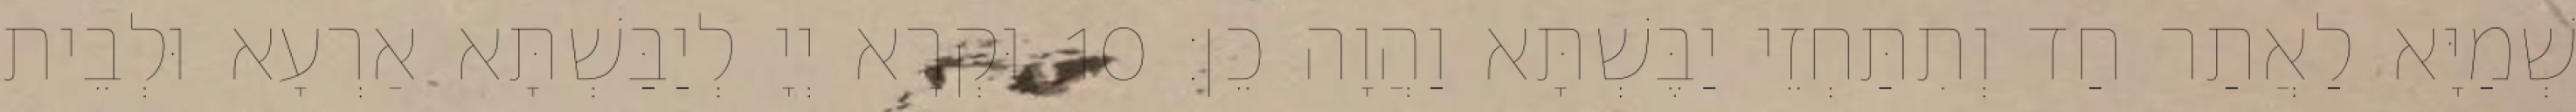
שְׁמַיָּא לַאֲתַר חַד וְתִתַּחְזֵי יַבֶּשְׁתָּא וַהֲוָה כֵן׃ 10 וּקְרָא יְיָ לְיַבַּשְׁתָּא אַרְעָא וּלְבֵית